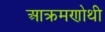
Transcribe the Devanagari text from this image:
आक्रमणोथी